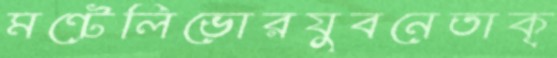
মন্টেলিভোরযুবনেতাক্